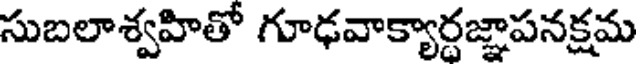
సుబలాశ్వహితో గూఢవాక్యార్ధజ్ఞాపనక్షమ